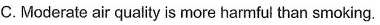
C. Moderate air quality is more harmful than smoking.